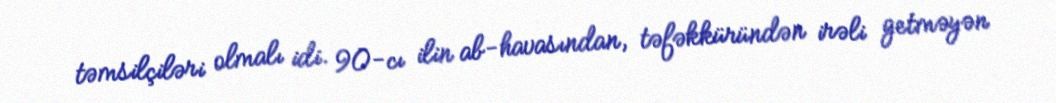
təmsilçiləri olmalı idi. 90-cı ilin ab-havasından, təfəkküründən irəli getməyən